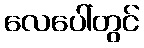
လေပေါ်တွင်